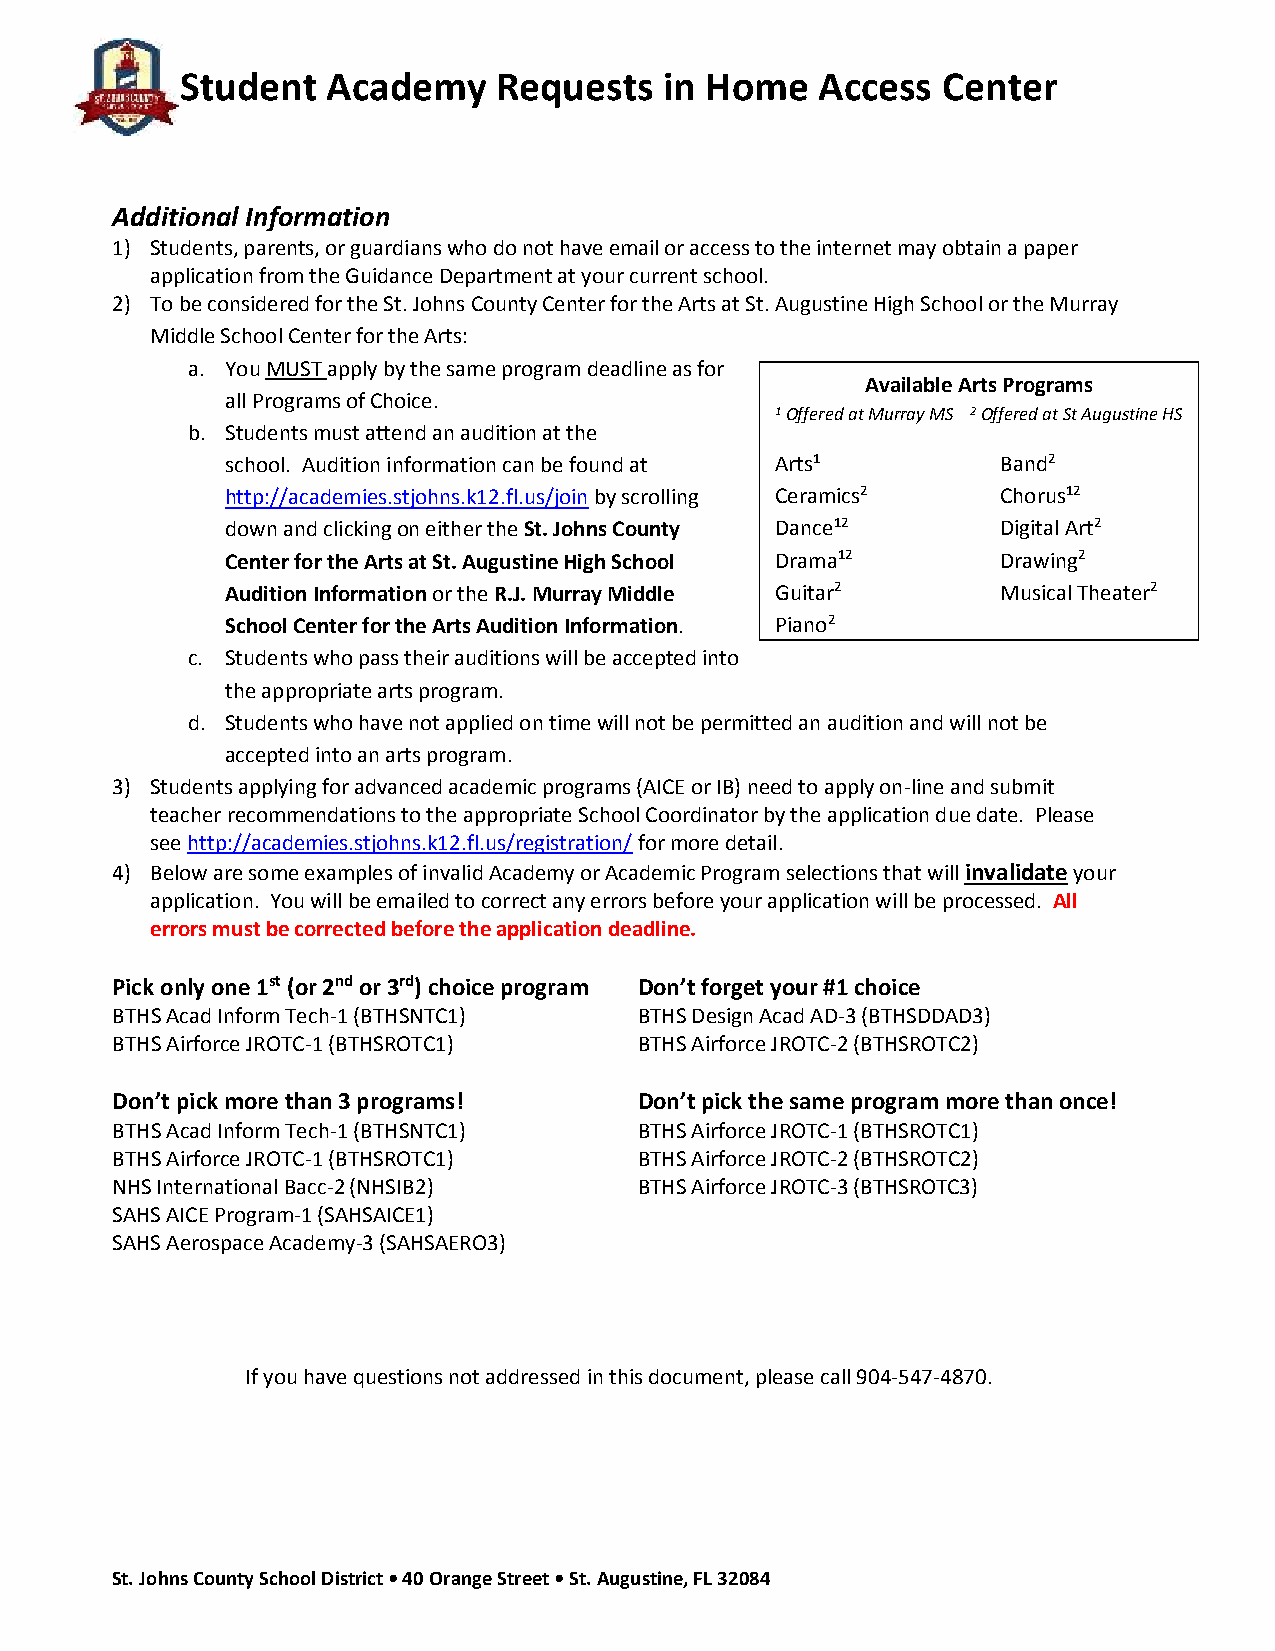
Student   Academy    Requests   in Home   Access  Center
 Additional Information
 1) Students, parents, or guardians who do not have email or access to the internet may obtain a paper
 application from the Guidance Department at your current school.
 2) To be considered for the St. Johns County Center for the Arts at St. Augustine High School or the Murray
 Middle School Center for the Arts:
 a. You MUST apply by the same program deadline as for
 Available Arts Programs
 all Programs of Choice.
 1 Offered at Murray MS 2 Offered at St Augustine HS
 b. Students must attend an audition at the
 school. Audition information can be found at Arts1 Band2
 http://academies.stjohns.k12.fl.us/join by scrolling Ceramics2 Chorus12
 down and clicking on either the St. Johns County Dance12 Digital Art2
 Center for the Arts at St. Augustine High School Drama12 Drawing2
 Audition Information or the R.J. Murray Middle Guitar2 Musical Theater 2
 School Center for the Arts Audition Information. Piano2
 c. Students who pass their auditions will be accepted into
 the appropriate arts program.
 d. Students who have not applied on time will not be permitted an audition and will not be
 accepted into an arts program.
 3) Students applying for advanced academic programs (AICE or IB) need to apply on-line and submit
 teacher recommendations to the appropriate School Coordinator by the application due date. Please
 see http://academies.stjohns.k12.fl.us/registration/ for more detail.
 4) Below are some examples of invalid Academy or Academic Program selections that will invalidate your
 application. You will be emailed to correct any errors before your application will be processed. All
 errors must be corrected before the application deadline.
 Pick only one 1st (or 2nd or 3rd) choice program Don’t forget your #1 choice
 BTHS Acad Inform Tech-1 (BTHSNTC1) BTHS Design Acad AD-3 (BTHSDDAD3)
 BTHS Airforce JROTC-1 (BTHSROTC1)  BTHS Airforce JROTC-2 (BTHSROTC2)
 Don’t pick more than 3 programs!   Don’t pick the same program more than once!
 BTHS Acad Inform Tech-1 (BTHSNTC1) BTHS Airforce JROTC-1 (BTHSROTC1)
 BTHS Airforce JROTC-1 (BTHSROTC1)  BTHS Airforce JROTC-2 (BTHSROTC2)
 NHS International Bacc-2 (NHSIB2)  BTHS Airforce JROTC-3 (BTHSROTC3)
 SAHS AICE Program-1 (SAHSAICE1)
 SAHS Aerospace Academy-3 (SAHSAERO3)
 If you have questions not addressed in this document, please call 904-547-4870.
 St. Johns County School District • 40 Orange Street • St. Augustine, FL 32084